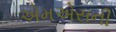
એમએસની